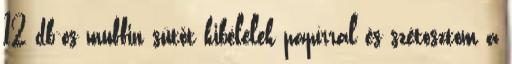
12 db-os muffin sütőt kibélelek papírral és szétosztom a